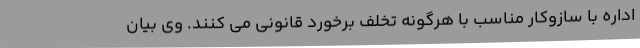
اداره با سازوکار مناسب با هرگونه تخلف برخورد قانونی می کنند. وی بیان